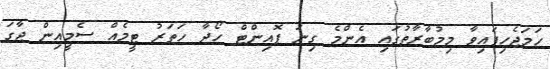
ހަމަޖެހިފައިވާ މިމުބާރާތުގައި އެންމެ ގިނަ ޕޮއިންޓް ހޯދާ ހަތަރު ޓީމެއް ސެމީއިން ޖާގަ